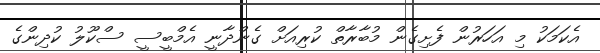
އެކަމަކު މި އަހަރުން ފެށިގެން މުބާރާތް ކުރިއަށް ގެންދާނީ އެމްބީސީ ސްކޫލު ކުދިންގެ